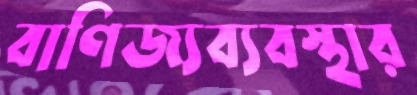
বাণিজ্যব্যবস্থার